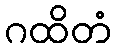
ဂထိတံ